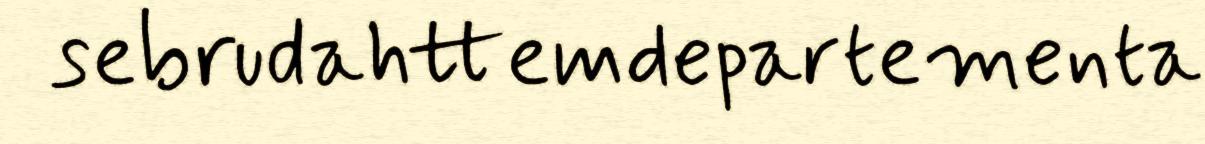
sebrudahttemdepartementa